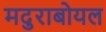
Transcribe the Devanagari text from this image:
मदुराबोयल